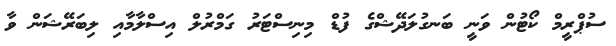
ސުޕްރީމް ކޯޓުން ވަނީ ބަނގުލަދޭޝްގެ ފުޑް މިނިސްޓަރު ގަމްރުލް އިސްލާމާއި ލިބަރޭޝަން ވާ